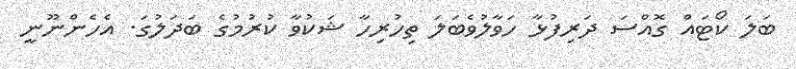
ބަލަ ކޯަޓައް ގޮއްސަ ދަރިފުޅާ ހަވާލުވެބަލަ ތިހުރިހާ ޝަކުވާ ކުރުމުގެ ބަދަލުގަ. އެހެންނޫނީ